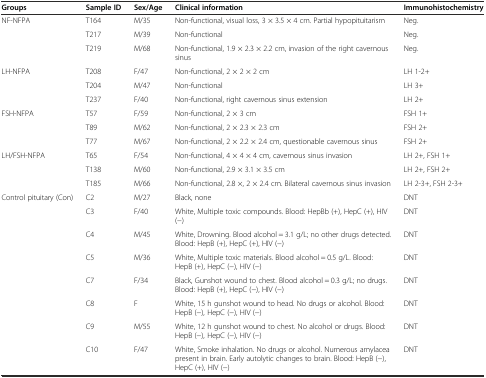
| Groups | Sample ID | Sex/Age | Clinical information | Immunohistochemistry |
 | --- | --- | --- | --- | --- |
 | <ROWSPAN=3> NF-NFPA | T164 | M/35 | Non-functional, visual loss, 3 × 3.5 × 4 cm. Partial hypopituitarism | Neg. |
 | T217 | M/39 | Non-functional | Neg. |
 | T219 | M/68 | Non-functional, 1.9 × 2.3 × 2.2 cm, invasion of the right cavernous sinus | Neg. |
 | <ROWSPAN=3> LH-NFPA | T208 | F/47 | Non-functional, 2 × 2 × 2 cm | LH 1-2+ |
 | T204 | M/47 | Non-functional | LH 3+ |
 | T237 | F/40 | Non-functional, right cavernous sinus extension | LH 2+ |
 | <ROWSPAN=3> FSH-NFPA | T57 | F/59 | Non-functional, 2 × 3 cm | FSH 1+ |
 | T89 | M/62 | Non-functional, 2 × 2.3 × 2.3 cm | FSH 2+ |
 | T77 | M/67 | Non-functional, 2 × 2.2 × 2.4 cm, questionable cavernous sinus | FSH 2+ |
 | <ROWSPAN=3> LH/FSH-NFPA | T65 | F/54 | Non-functional, 4 × 4 × 4 cm, cavernous sinus invasion | LH 2+, FSH 1+ |
 | T138 | M/60 | Non-functional, 2.9 × 3.1 × 3.5 cm | LH 2+, FSH 2+ |
 | T185 | M/66 | Non-functional, 2.8 ×, 2 × 2.4 cm. Bilateral cavernous sinus invasion | LH 2-3+, FSH 2-3+ |
 | <ROWSPAN=8> Control pituitary (Con) | C2 | M/27 | Black, none | DNT |
 | C3 | F/40 | White, Multiple toxic compounds. Blood: HepBb (+), HepC (+), HIV (−) | DNT |
 | C4 | M/45 | White, Drowning. Blood alcohol = 3.1 g/L; no other drugs detected. Blood: HepB (+), HepC (+), HIV (−) | DNT |
 | C5 | M/36 | White, Multiple toxic materials. Blood alcohol = 0.5 g/L. Blood: HepB (+), HepC (−), HIV (−) | DNT |
 | C7 | F/34 | Black, Gunshot wound to chest. Blood alcohol = 0.3 g/L; no drugs. Blood: HepB (+), HepC (−), HIV (−) | DNT |
 | C8 | F | White, 15 h gunshot wound to head. No drugs or alcohol. Blood: HepB (−), HepC (−), HIV (−) | DNT |
 | C9 | M/55 | White, 12 h gunshot wound to chest. No alcohol or drugs. Blood: HepB (−), HepC (−), HIV (−) | DNT |
 | C10 | F/47 | White, Smoke inhalation. No drugs or alcohol. Numerous amylacea present in brain. Early autolytic changes to brain. Blood: HepB (−), HepC (+), HIV (−) | DNT |